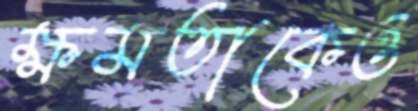
ক্ষমতাকেও